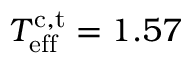
T _ { \mathrm { e f f } } ^ { \mathrm { c , t } } = 1 . 5 7